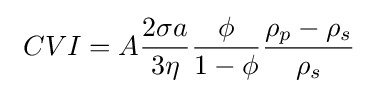
\ CVI=A{\frac {2{\sigma }a}{3\eta }}{\frac {\phi }{1-\phi }}{\frac {\rho _{p}-\rho _{s}}{\rho _{s}}}